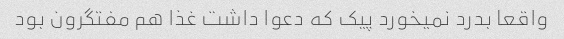
واقعا بدرد نمیخورد پیک که دعوا داشت غذا هم مفتگرون بود